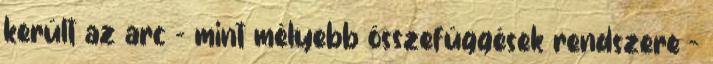
került az arc – mint mélyebb összefüggések rendszere –